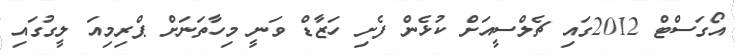
އޯގަސްޓް 2012ގައި ޗެލްސީއަށް ކުޅެން ފެށި ހަޒާޑް ވަނީ މިހާތަނަށް ޕްރިމިއަ ލީގުގައި